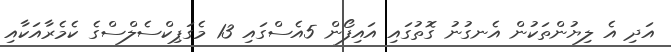
އަދި އެ ލިޔުންތަކުން އެނގުނު ގޮތުގައި އައިފޯން 5އެސްގައި 13 މެގަޕިކްސެލްސްގެ ކެމެރާއަކާއި